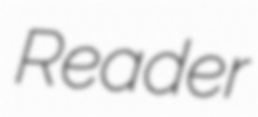
Reader